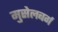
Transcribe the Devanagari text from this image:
मुसेलबर्ग